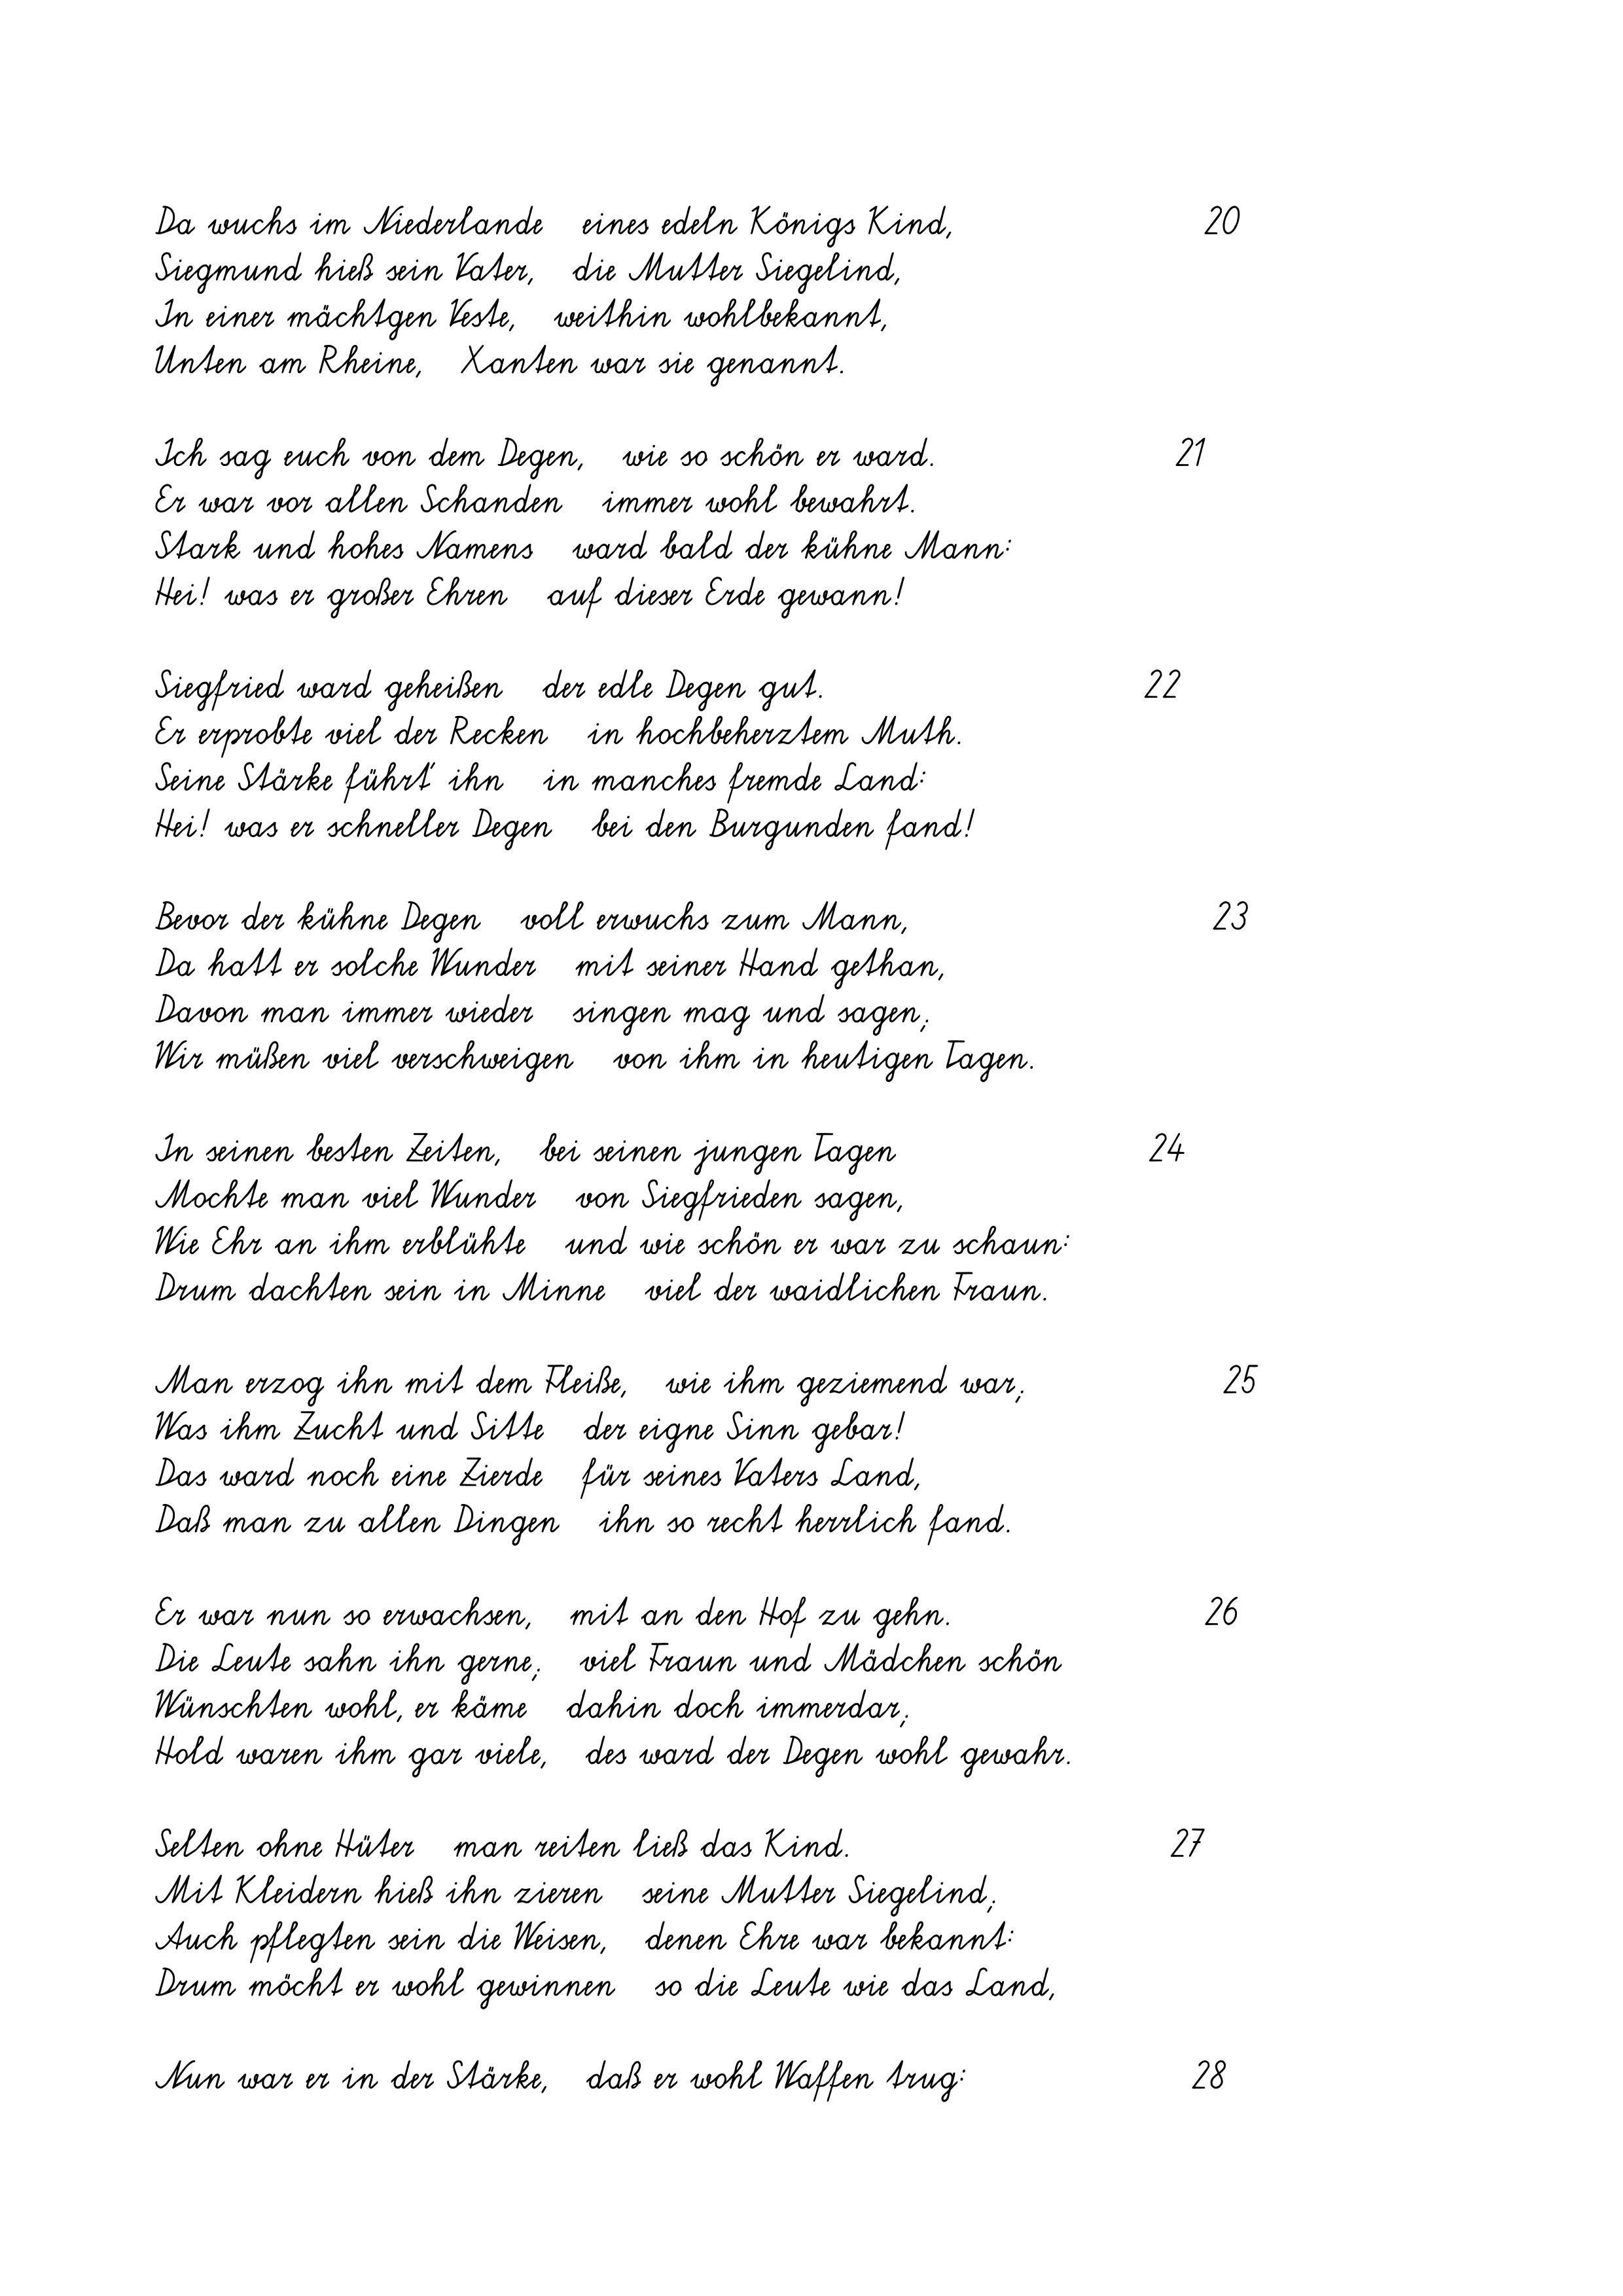
Da wuchs im Niederlande   eines edeln Königs Kind,
Siegmund hieß sein Vater,   die Mutter Siegelind,
In einer mächtgen Veste,   weithin wohlbekannt,
Unten am Rheine,   Xanten war sie genannt.
Ich sag euch von dem Degen,   wie so schön er ward.
Er war vor allen Schanden   immer wohl bewahrt.
Stark und hohes Namens   ward bald der kühne Mann:
Hei! was er großer Ehren   auf dieser Erde gewann!
Siegfried ward geheißen   der edle Degen gut.
Er erprobte viel der Recken   in hochbeherztem Muth.
Seine Stärke führt' ihn   in manches fremde Land:
Hei! was er schneller Degen   bei den Burgunden fand!
Bevor der kühne Degen   voll erwuchs zum Mann,
Da hatt er solche Wunder   mit seiner Hand gethan,
Davon man immer wieder   singen mag und sagen;
Wir müßen viel verschweigen   von ihm in heutigen Tagen.
In seinen besten Zeiten,   bei seinen jungen Tagen
Mochte man viel Wunder   von Siegfrieden sagen,
Wie Ehr an ihm erblühte   und wie schön er war zu schaun:
Drum dachten sein in Minne   viel der waidlichen Fraun.
Man erzog ihn mit dem Fleiße,   wie ihm geziemend war;
Was ihm Zucht und Sitte
der eigne Sinn gebar!
Das ward noch eine Zierde
für seines Vaters Land,
Daß man zu allen Dingen
ihn so recht herrlich fand.
Er war nun so erwachsen,   mit an den Hof zu gehn.
Die Leute sahn ihn gerne;   viel Fraun und Mädchen schön
Wünschten wohl, er käme   dahin doch immerdar;
Hold waren ihm gar viele,   des ward der Degen wohl gewahr.
Selten ohne Hüter   man reiten ließ das Kind.
Mit Kleidern hieß ihn zieren   seine Mutter Siegelind;
Auch pflegten sein die Weisen,   denen Ehre war bekannt:
Drum möcht er wohl gewinnen   so die Leute wie das Land,
Nun war er in der Stärke,   daß er wohl Waffen trug:

24

21

27

28

20

25
26

23